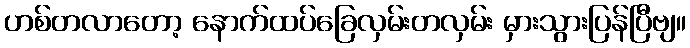
ဟစ်တလာတော့ နောက်ထပ်ခြေလှမ်းတလှမ်း မှားသွားပြန်ပြီဗျ။